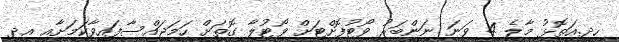
ހދ.އަތޮޅު މާލެ 4 ވަނަ ނަންބަރު ވޯޓުފޮށްޓަށް ވޯޓުލާ ގޮތަށް ހަމަޖައްސާފައިވާކަމަށާއި އދ